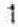
1